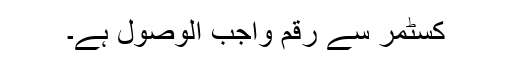
کسٹمر سے رقم واجب الوصول ہے۔